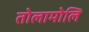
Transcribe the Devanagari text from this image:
तोलामोलि